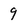
Character: 9